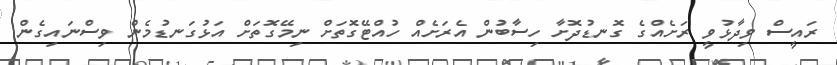
ރައީސް ވިދާޅުވީ ރަށެއްގެ ގޮނޑުދޮށާ ހިސާބުން އެރަށެއް ހުއްޓޭގޮތަށް ނިމޭގޮތަށް އަޅުގަނޑުމެން ވިސްނައިގެން